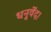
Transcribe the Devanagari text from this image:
धनुर्वेद।